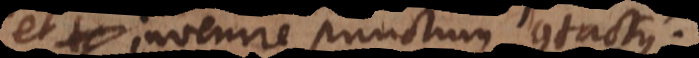
et invenire punctum contactus.